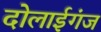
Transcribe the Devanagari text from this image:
दोलाईगंज